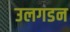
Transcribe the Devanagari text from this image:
उलगडन